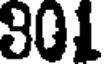
301